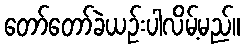
တော်တော်ခဲယဉ်းပါလိမ့်မည်။